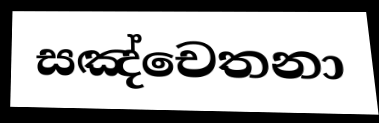
සඤ්චෙතනා